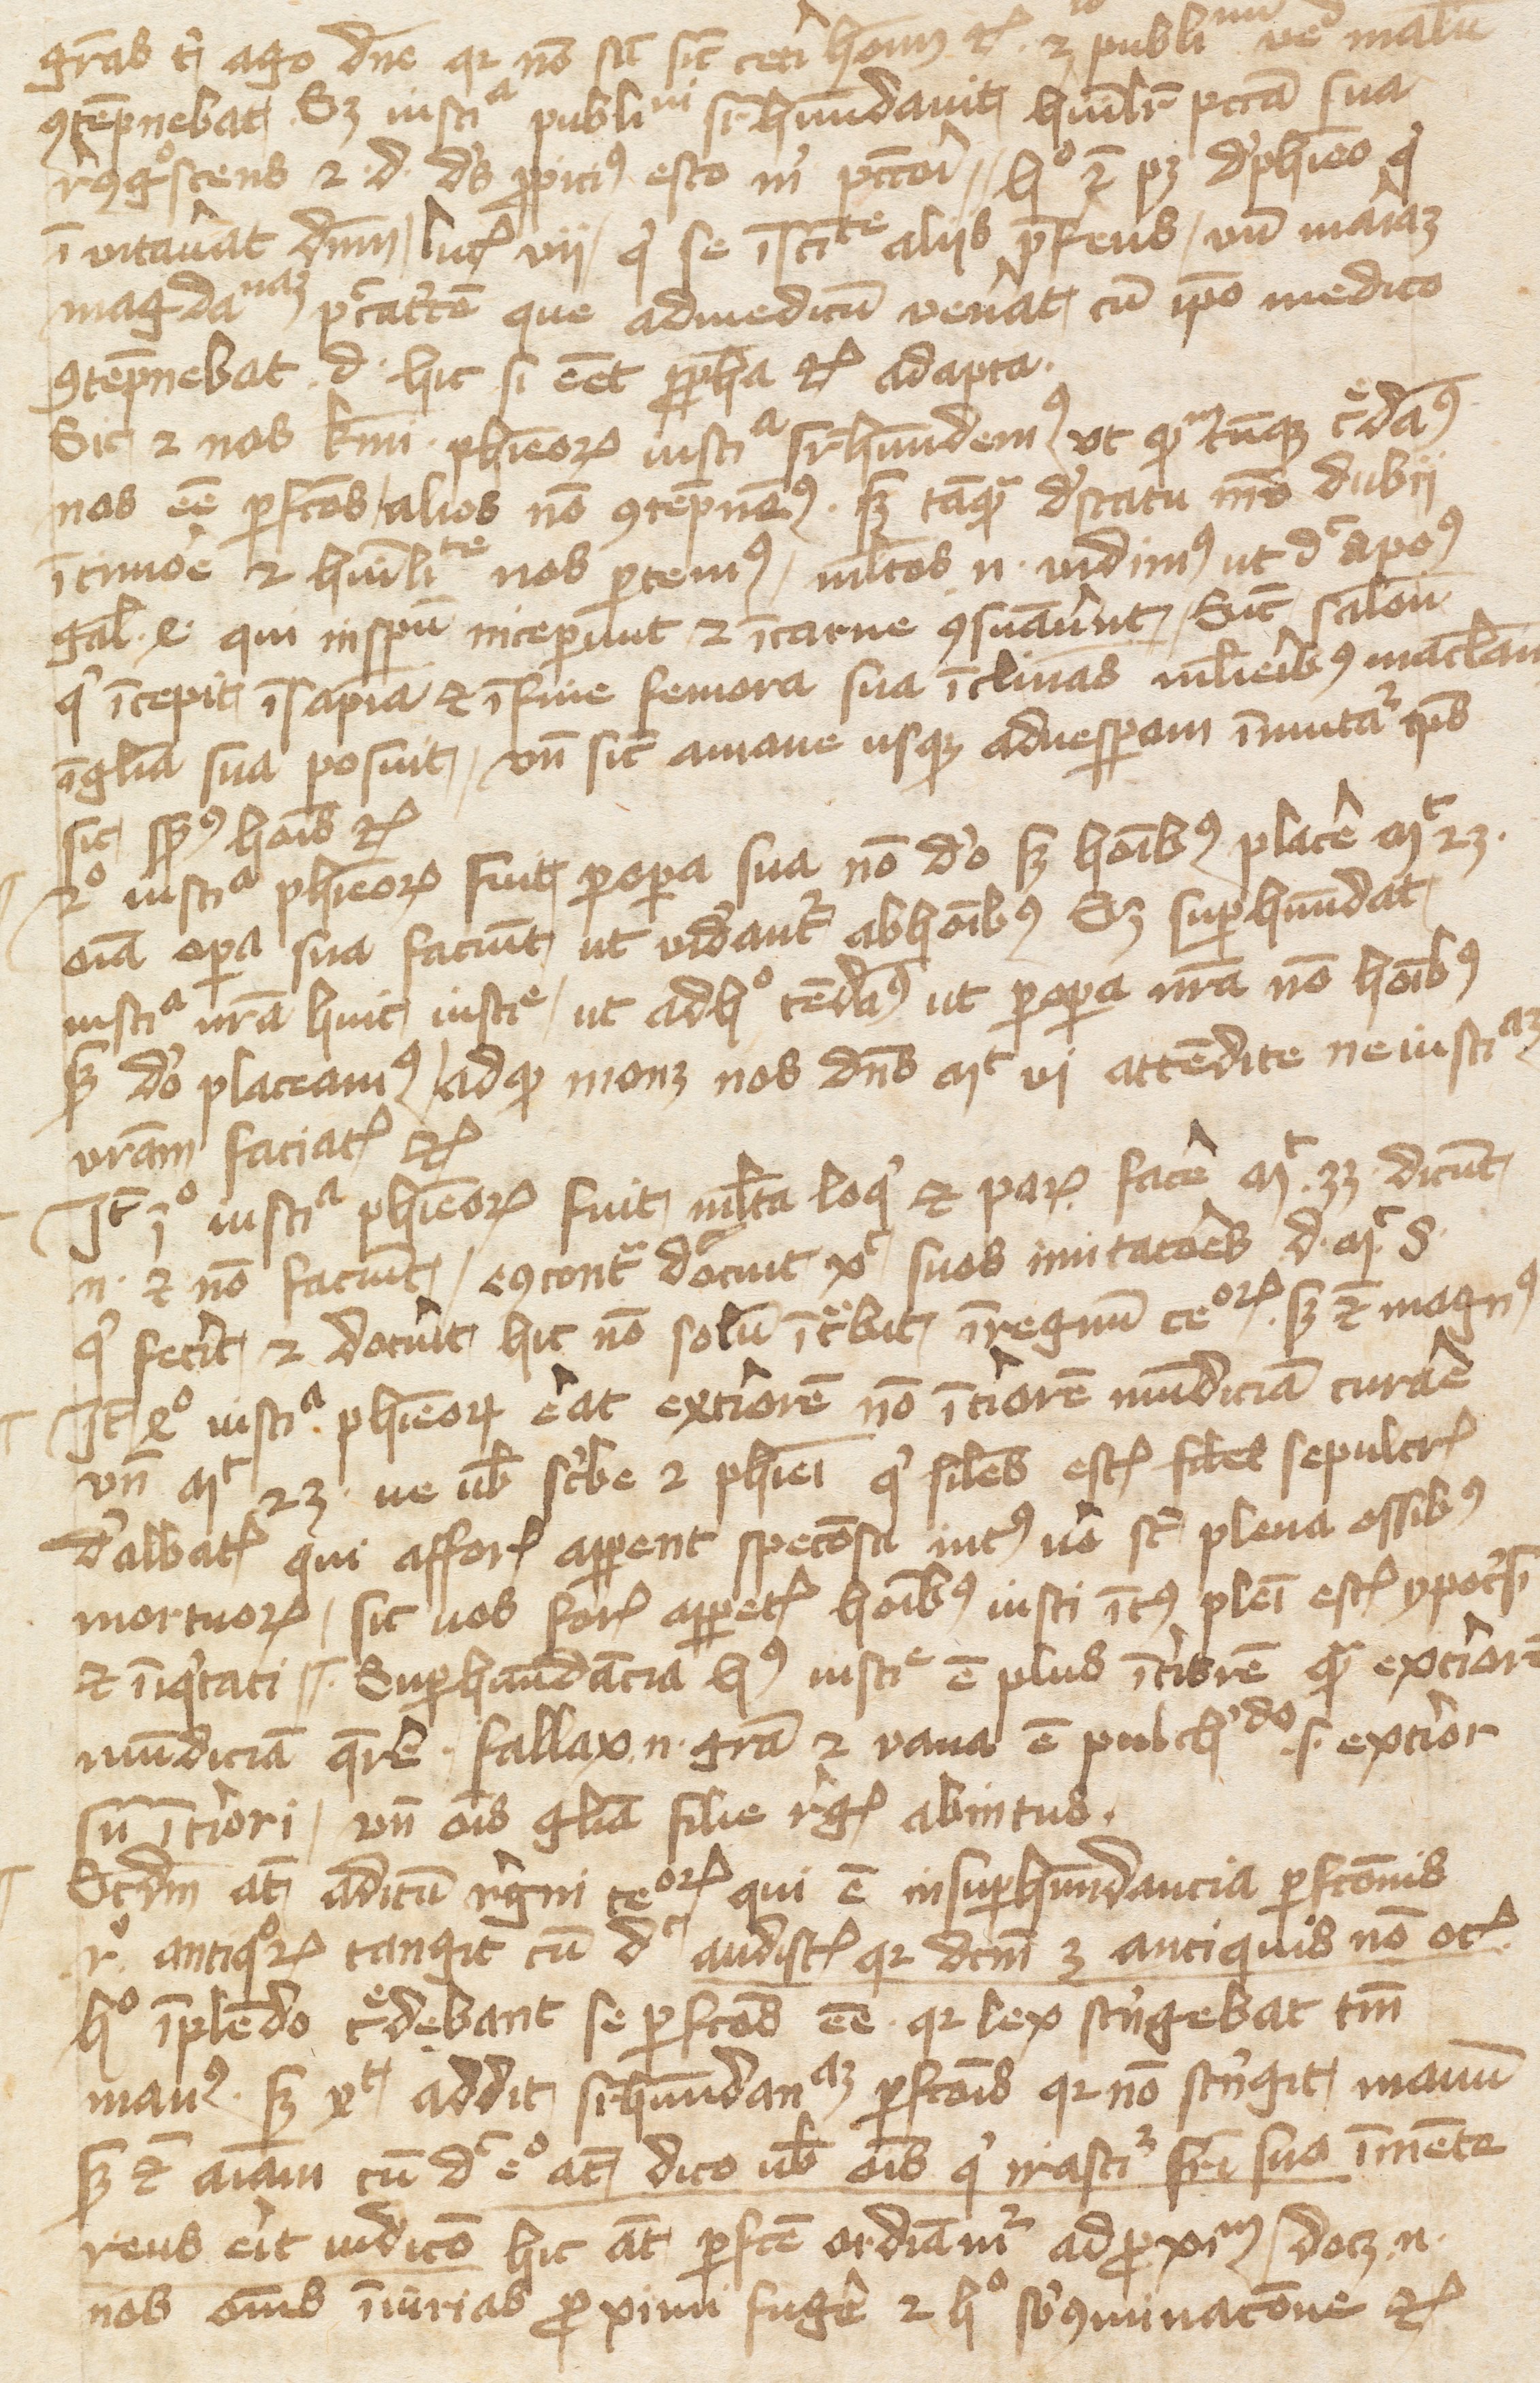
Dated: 1400–1415